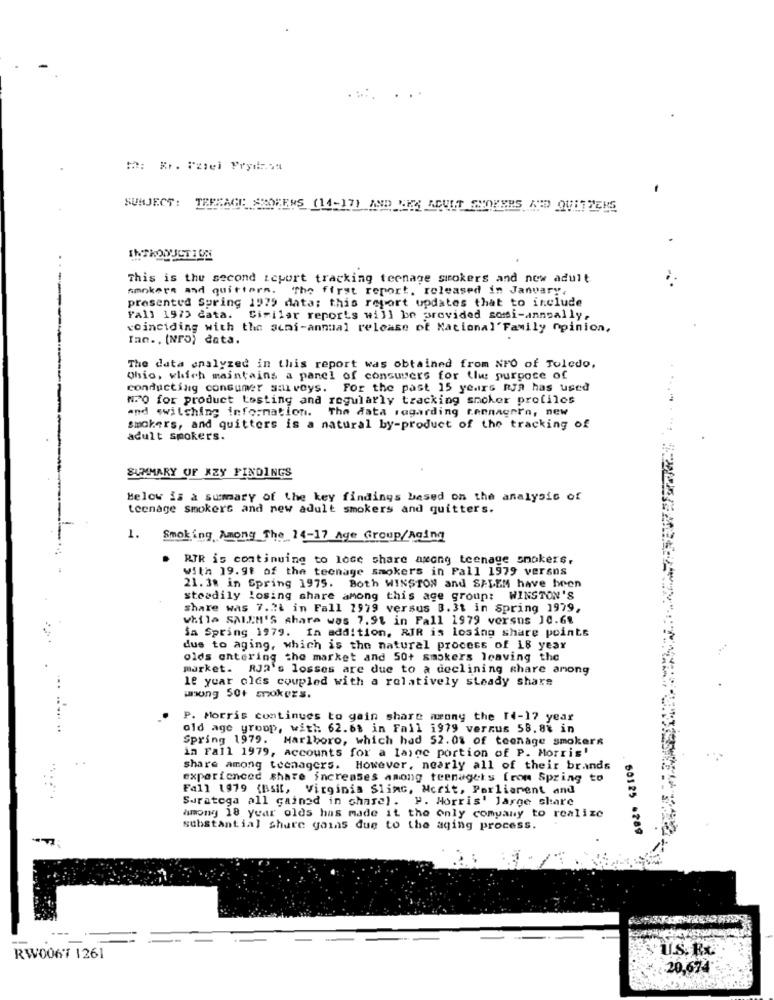
SUBJECT :
TERRACE SEDEENS (14-17) AND WHY ADULT CHOKERS AND QUITTERS
This is the second icport tracking teenage smokers and new adult
smokers and quittera. The first report, released in January,
presented Spring 1979 data; this report updates that to include
Fall 1973 data. Similar reports will be provided somsi-annsally,
---
coinciding with the acai-annual release of National'Family Opinion,
Inn. . [Nro) data.
The data enslyzed in this report was obtained from NFO of Toledo,
Ohio, which maintains a panel of consumers for the purpose of
conducting consumer salvoys. For the past 15 years nya has used
NPO for product testing and regularly tracking snoker profiles
and switching information. The data regarding tennagnr'n, new
smokers, and quitters is a natural by-product of the tracking of
adult smokers.
SUMMARY OF XZY FINDINGS
Below is a summary of the key findings based on the analysis of
teenage smokers and new adult smokers and quitters.
1. Smoking, Among_The_14-17 Age Group/Aging
. RIR is continuing to lose share awong teenage smokers,
with 19.98 of the teenage smokers in Pall 1979 versos
21. 38 in Spring 1975. Both WINSTON and SALEM have been
steadily losing share among this age group: WINSTON'S
share was 7.2. in Fall 1979 versus 8.31 in Spring 1979,
while SALEM'S share was 7.91 in Fall 1979 versus 10.68
Sa Spring 1979. In addition, RIR is losing share points
dus to aging, which is the natural process of 18 year
olds entering the market and 50+ smokers leaving the
market. RJ2's losses are due to a declining share among
le year oles coupled with a relatively steady share
...
unong 50+ smokers.
P. Morris continues to gain share mrony the 14-17 year
old age group, with: 62.68 in Fall 1979 verzus 58.8% in
Spring 1979. Marlboro, which had 52.01 of teenage smokers
in Fall 1979, accounts for a large portion of P. Morris'
share among teenagers. However, nearly all of their brands
experienced share increases among teenagers [rom Spring to
Fall 1979 (Bsil, Virginia Slimc, Mcrit, Parliarent and
Saratoga all gained in share). ". Horris' large share
among 18 year olds has made it the only company to realize
substantial shure gains due to the aging process.
50125 .289
---
--
RW0067 1261
20,674